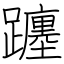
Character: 躔